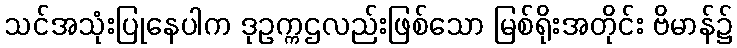
သင်အသုံးပြုနေပါက ဒုဥက္ကဌလည်းဖြစ်သော မြစ်ရိုးအတိုင်း ဗိမာန်၌